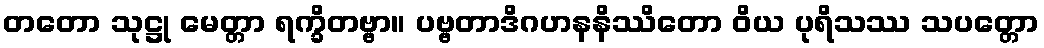
တတော သုဋ္ဌု မေတ္တာ ရက္ခိတဗ္ဗာ။ ပဗ္ဗတာဒိဂဟနနိဿိတော ဝိယ ပုရိသဿ သပတ္တော